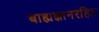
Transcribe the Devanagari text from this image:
बाह्यज्ञानरहित